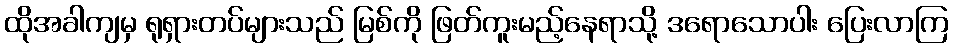
ထိုအခါကျမှ ရုရှားတပ်များသည် မြစ်ကို ဖြတ်ကူးမည့်နေရာသို့ ဒရောသောပါး ပြေးလာကြ